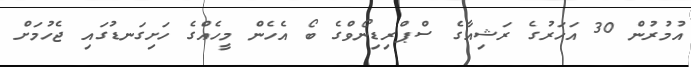
އުމުރުން 30 އަހަރުގެ ރަޝިއާގެ ސްޕްރިޑިނޯވްގެ ބޯ އެހެން މީހެއްގެ ހަށިގަނޑުގައި ޖެހުމަށް